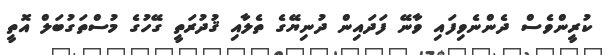
ކުރީންވެސް ދެންނެވިފައި ވާނޭ ފަދައިން ދުނިޔޭގެ ތެލާއި ޤުދުރަތީ ގޭހުގެ މުސްތަގުބަލް އޮތީ